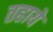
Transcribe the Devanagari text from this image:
तहाये